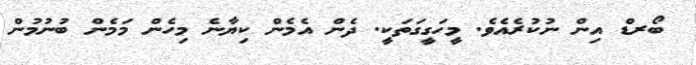
ބޯރޑް އިން ނުކުރެއެެވެ. މީހަގީގަތަކީ. ދެން އެމެން ކިޔާނެ މިހެން މަމެން ބުނުމުން